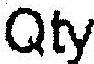
QTY